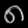
Digit: ၈